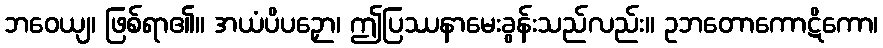
ဘဝေယျ၊ ဖြစ်ရာ၏။ အယံပိပဉှော၊ ဤပြဿနာမေးခွန်းသည်လည်း။ ဥဘတောကောဋိကော၊